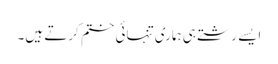
ایسے رشتے ہی ہماری تنہائی ختم کرتے ہیں۔